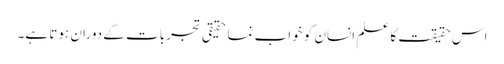
اس حقیقت کا علم انسان کو خواب نما حقیقی تجربات کے دوران ہوتا ہے۔